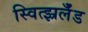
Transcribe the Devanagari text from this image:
स्वित्झ्रर्लँड